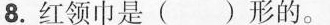
8.红领巾是()形的。